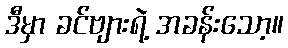
ဒီမှာ ခင်ဗျားရဲ့ အခန်းသော့။